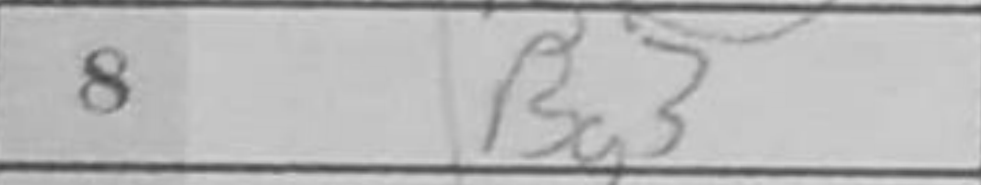
Transcription: Bg3